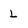
Character: L